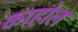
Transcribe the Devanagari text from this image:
काहोल